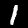
Label: 1